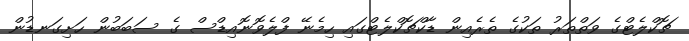
ޗޮކްލެޓްގެ ވަތްތަރު ތަކުގެ ތެރެއިން ޑާކްޗޮކްލެޓްގައި ހިމެނޭ ފްލެވޮނޮއިޑްސް ގެ ސަބަބުން ހަށިގަނޑުން